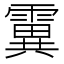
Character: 霬